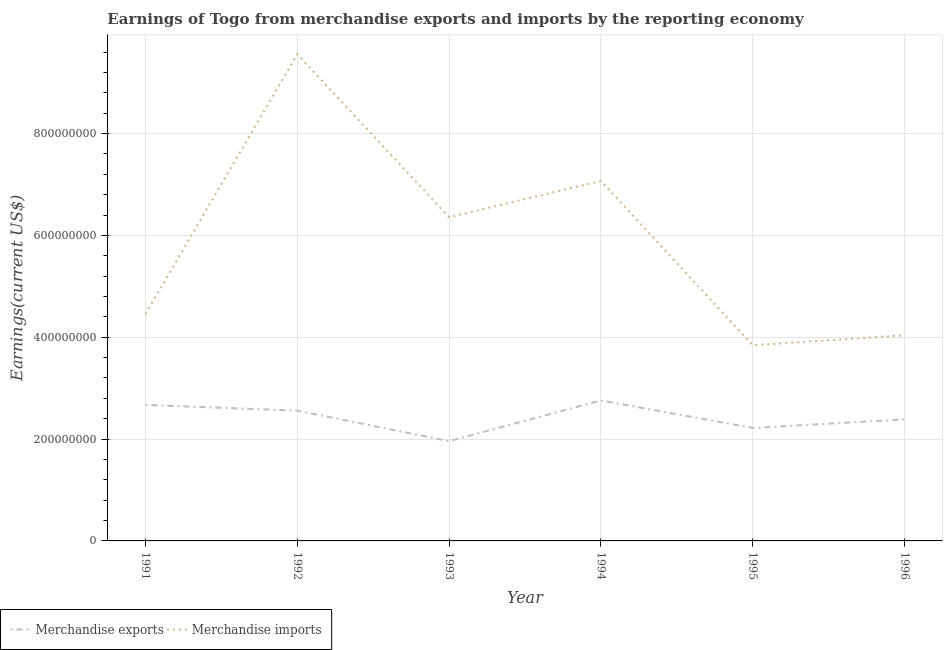
| Year | Merchandise exports | Merchandise imports |
 | --- | --- | --- |
 | 1991 | 2.67e+08 | 4.45e+08 |
 | 1992 | 2.56e+08 | 9.56e+08 |
 | 1993 | 1.96e+08 | 6.36e+08 |
 | 1994 | 2.76e+08 | 7.07e+08 |
 | 1995 | 2.22e+08 | 3.84e+08 |
 | 1996 | 2.39e+08 | 4.04e+08 |